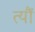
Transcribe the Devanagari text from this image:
त्‍यौं